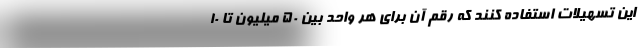
این تسهیلات استفاده کنند که رقم آن برای هر واحد بین 50 میلیون تا 10